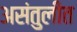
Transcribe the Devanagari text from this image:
असंतुलीत